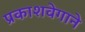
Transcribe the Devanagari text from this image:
प्रकाशवेगाने